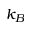
k _ { B }